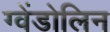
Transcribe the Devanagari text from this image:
ग्वेंडोलिन